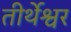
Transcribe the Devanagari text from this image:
तीर्थेश्वर